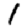
Digit: 1